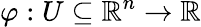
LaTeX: \varphi:U\subseteq\mathbb{R}^{n}\to\mathbb{R}